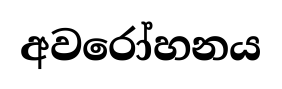
අවරෝහනය